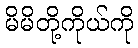
မိမိတို့ကိုယ်ကို